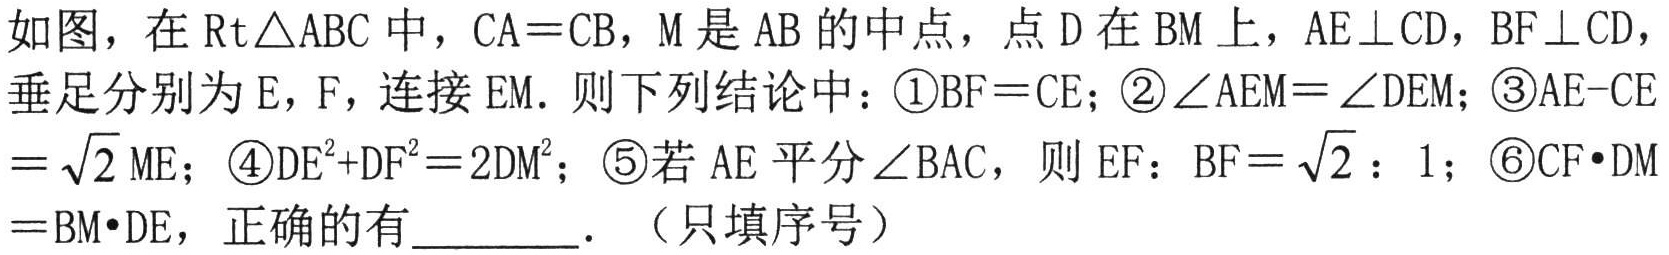
如图，在$\text{Rt}\triangle ABC$中，$CA = CB$，$M$是$AB$的中点，点$D$在$BM$上，$AE\perp CD$，$BF\perp CD$，垂足分别为$E$，$F$，连接$EM$．则下列结论中：\textcircled{1}$BF = CE$；\textcircled{2}$\angle AEM=\angle DEM$；\textcircled{3}$AE - CE=\sqrt{2}ME$；\textcircled{4}$DE^{2}+DF^{2}=2DM^{2}$；\textcircled{5}若$AE$平分$\angle BAC$，则$EF:BF=\sqrt{2}:1$；\textcircled{6}$CF\cdot DM=BM\cdot DE$，正确的有________．（只填序号）